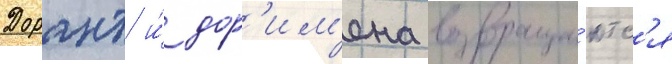
Дорант и́ дор'им'ена возвраща́ютс'я